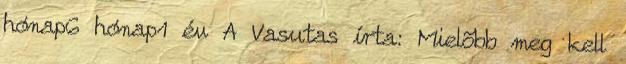
hónap6 hónap1 év A Vasutas írta: Mielõbb meg kell